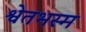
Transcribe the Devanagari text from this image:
श्वेतभस्म